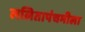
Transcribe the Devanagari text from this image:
ललितापंचमीला